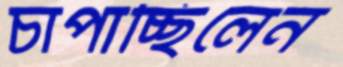
চাপাচ্ছিলেন